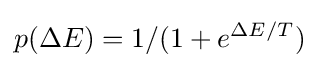
p(\Delta E)=1/(1+e^{\Delta E/T})